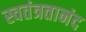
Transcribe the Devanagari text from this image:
स्वतंत्रतानंद